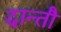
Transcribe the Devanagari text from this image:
दान्तौ